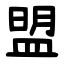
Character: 盟